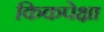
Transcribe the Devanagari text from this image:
किकपेक्षा